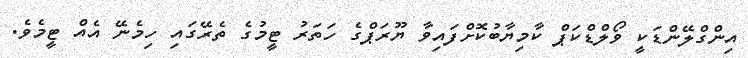
އިންގްލޭންޑަކީ ވޯލްޑްކަޕް ކާމިޔާބުކޮށްފައިވާ ޔޫރަޕްގެ ހަތަރު ޓީމުގެ ތެރޭގައި ހިމެނޭ އެއް ޓީމެވެ.